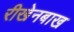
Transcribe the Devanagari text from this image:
रीखेनबाख